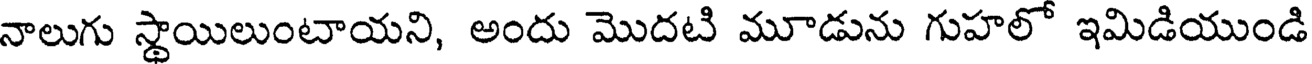
నాలుగు స్థాయిలుంటాయని, అందు మొదటి మూడును గుహలో ఇమిడియుండి